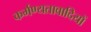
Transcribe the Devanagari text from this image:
कर्मण्यतावादियों